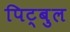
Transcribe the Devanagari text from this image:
पिट्बुल